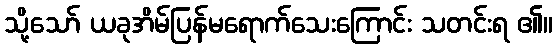
သို့သော် ယခုအိမ်ပြန်မရောက်သေးကြောင်း သတင်းရ ၏။